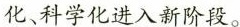
化、科学化进入新阶段。